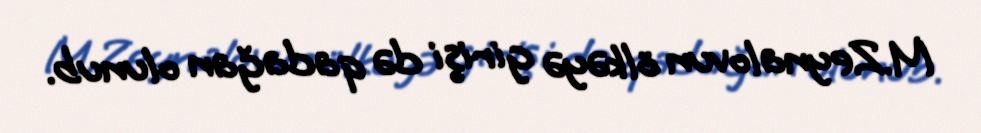
M.Zeynalovun ölkəyə girişi də qadağan olunub.